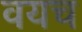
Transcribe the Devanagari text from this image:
वयच